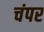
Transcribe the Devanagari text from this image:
चंपर